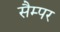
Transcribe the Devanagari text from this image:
सैम्पर